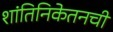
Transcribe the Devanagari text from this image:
शांतिनिकेतनची